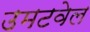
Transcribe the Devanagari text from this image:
उमटवेल